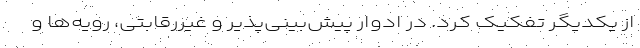
از یکدیگر تفکیک کرد. در ادوار پیش‌بینی‌پذیر و غیررقابتی، رویه‌ها و